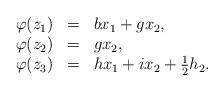
LaTeX: \begin{align*}\begin{array}{llllll}\varphi(z_1) &=& bx_1+gx_2,\\\varphi(z_2) &=& gx_2,\\\varphi(z_3) &=& hx_1+ix_2+\frac{1}{2}h_2.\\\end{array}\end{align*}